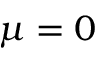
\mu = 0